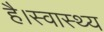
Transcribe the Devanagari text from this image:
है।स्वास्थ्य